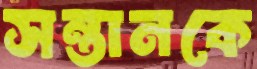
সন্তানকে